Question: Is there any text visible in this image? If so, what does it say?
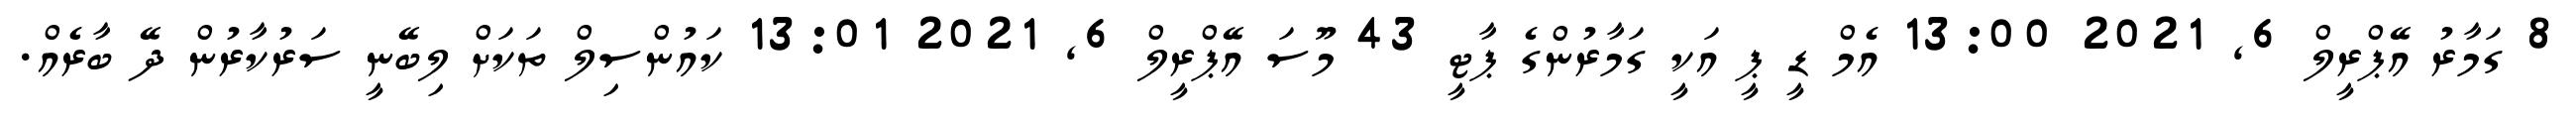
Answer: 8 ގަމާރު އޭޕްރީލް 6, 2021 13:00 އެމް ޑީ ޕީ އަކީ ގަމާރުންގެ ޕާޓީ 43 މޫސަ އޭޕްރީލް 6, 2021 13:01 ކައުންސިލް ތަކަށް ލިބޭނީ ސަރުކާރުން ދޭ ބާރެއް.